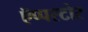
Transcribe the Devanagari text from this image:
ऍप्पस्टोर